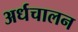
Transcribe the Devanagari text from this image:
अर्धचालन